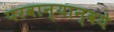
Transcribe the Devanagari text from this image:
परवान्यान्वये